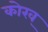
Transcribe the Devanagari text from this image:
कोरव्